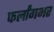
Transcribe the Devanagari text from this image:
फर्लांगभर